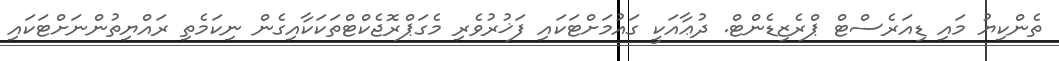
ތެންކިޔު މައި ޑިއަރެސްޓް ޕްރެޒިޑެންޓް. ދުޢާއަކީ ގައުމަށްޓަކައި ފަޚުރުވެރި މެގަޕްރޮޖެކްޓްތަކަކާއިގެން ނިކަމެތި ރައްޔިތުންނަށްޓަކައި